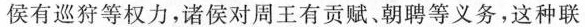
侯有巡狩等权力，诸侯对周王有贡赋、朝聘等义务，这种联